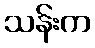
သန်းက